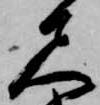
尺